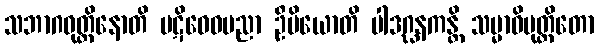
သဘာဂဝုတ္တိနောတိ ပဋိဝေဓပညာ ဦမိယောတိ ပါဒဂ္ဃနကန္တိ သမ္မာဝိမုတ္တိတော